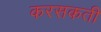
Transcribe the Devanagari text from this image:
करसकती